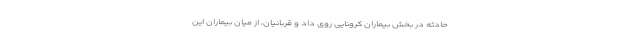
حادثه در بخش بیماران کرونایی روی داد و قربانیان، از میان بیماران این